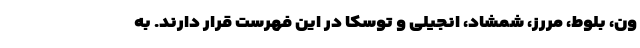
ون، بلوط، مررز، شمشاد، انجیلی و توسکا در این فهرست قرار دارند. به